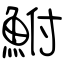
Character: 鮒